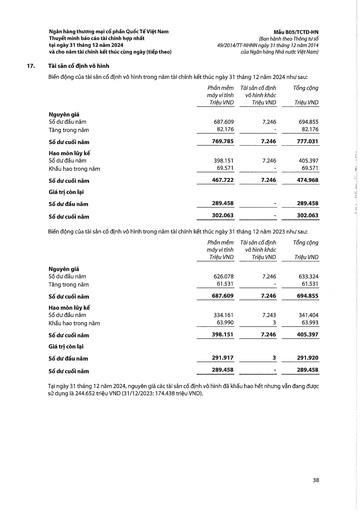
||Phần mềm máy vi tính Triệu VND|Tài sản cố định vô hình khác Triệu VND|Tổng cộng Triệu VND| |---|---|---|---| |Nguyên giá|||| |Số dư đầu năm|687.609|7.246|694.855| |Tăng trong năm|82.176||82.176| |Số dư cuối năm|769.785|7.246|777.031| |Hao mòn lũy kế|||| |Số dư đầu năm|398.151|7.246|405.397| |Khấu hao trong năm|69.571||69.571| |Số dư cuối năm|467.722|7.246|474.968| |Giá trị còn lại|||| |Số dư đầu năm|289.458||289.458| |Số dư cuối năm|302.063||302.063| ||Phần mềm máy vi tính Triệu VND|Tài sản cố định vô hình khác Triệu VND|Tổng cộng Triệu VND| |---|---|---|---| |Nguyên giá|||| |Số dư đầu năm|626.078|7.246|633.324| |Tăng trong năm|61.531||61.531| |Số dư cuối năm|687.609|7.246|694.855| |Hao mòn lũy kế|||| |Số dư đầu năm|334.161|7.243|341.404| |Khấu hao trong năm|63.990|3|63.993| |Số dư cuối năm|398.151|7.246|405.397| |Giá trị còn lại|||| |Số dư đầu năm|291.917|3|291.920| |Số dư cuối năm|289.458||289.458|